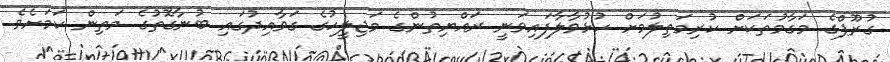
ގުރޫޕްގެ މަގާމުތަކަށް ކުރިމަތިލުމަށް ހުޅުވާލާފައިވަނީ ރައްޔިތުންގެ މަޖިލީހުގެ ގަވާއިދުގައި ބުނާގޮތުގެ މަތިން ކަމަށެވެ.